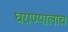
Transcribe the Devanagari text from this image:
घराण्यालाच